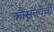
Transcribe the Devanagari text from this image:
कौसल्येची